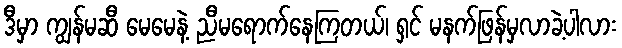
ဒီမှာ ကျွန်မဆီ မေမေနဲ့ ညီမရောက်နေကြတယ်၊ ရှင် မနက်ဖြန်မှလာခဲ့ပါလား